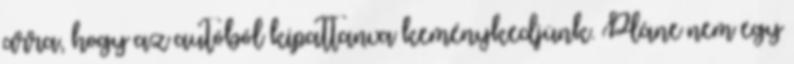
arra, hogy az autóból kipattanva keménykedjünk. Pláne nem egy